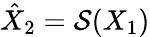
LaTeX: \hat{X}_{2}=\mathcal{S}(X_{1})